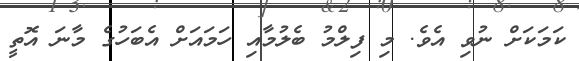
ކަމަކަށް ނުވި އެވެ. މި ފިލްމު ބެލުމާއި ހަމައަށް އެބަހުގެ މާނަ އޮތީ